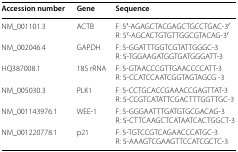
| Accession number | Gene | Sequence |
 | --- | --- | --- |
 | NM_001101.3 | ACTB | F: 5′-AGAGCTACGAGCTGCCTGAC-3′R: 5′-AGCACTGTGTTGGCGTACAG-3′ |
 | NM_002046.4 | GAPDH | F: 5-GGATTTGGTCGTATTGGGC-3R: 5-TGGAAGATGGTGATGGGATT-3 |
 | HQ387008.1 | 18S rRNA | F: 5-GTAACCCGTTGAACCCCATT-3R: 5-CCATCCAATCGGTAGTAGCG -3 |
 | NM_005030.3 | PLK1 | F: 5-CCTGCACCGAAACCGAGTTAT-3R: 5-CCGTCATATTCGACTTTGGTTGC-3 |
 | NM_001143976.1 | WEE-1 | F: 5-GGGAATTTGATGTGCGACAG-3R: 5-CTTCAAGCTCATAATCACTGGCT-3 |
 | NM_001220778.1 | p21 | F: 5-TGTCCGTCAGAACCCATGC-3R: 5-AAAGTCGAAGTTCCATCGCTC-3 |